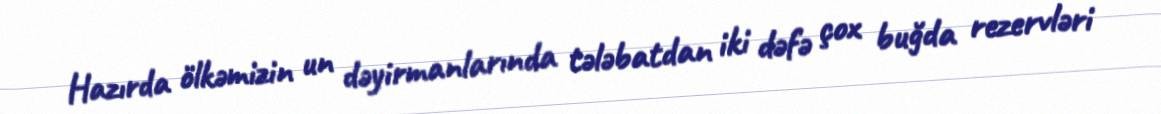
Hazırda ölkəmizin un dəyirmanlarında tələbatdan iki dəfə çox buğda rezervləri